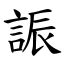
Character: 誫